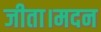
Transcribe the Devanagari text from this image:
जीता।मदन